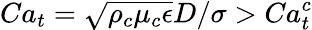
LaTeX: Ca_{t}=\sqrt{\rho_{c}\mu_{c}\epsilon}D/\sigma>Ca_{t}^{c}